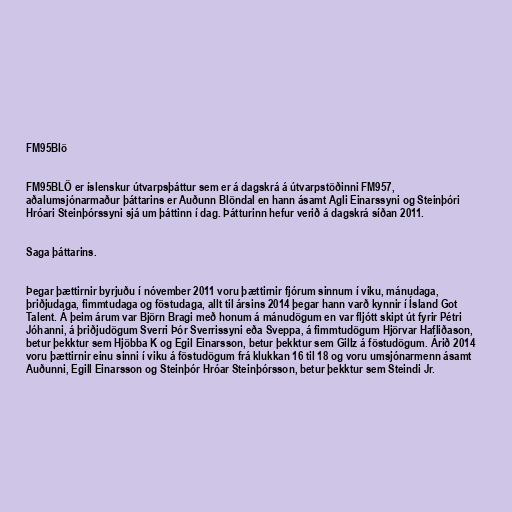
FM95Blö

FM95BLÖ er íslenskur útvarpsþáttur sem er á dagskrá á útvarpstöðinni FM957,
aðalumsjónarmaður þáttarins er Auðunn Blöndal en hann ásamt Agli Einarssyni og Steinþóri
Hróari Steinþórssyni sjá um þáttinn í dag. Þátturinn hefur verið á dagskrá síðan 2011.

Saga þáttarins.

Þegar þættirnir byrjuðu í nóvember 2011 voru þættirnir fjórum sinnum í viku, mánudaga,
þriðjudaga, fimmtudaga og föstudaga, allt til ársins 2014 þegar hann varð kynnir í Ísland Got
Talent. Á þeim árum var Björn Bragi með honum á mánudögum en var fljótt skipt út fyrir Pétri
Jóhanni, á þriðjudögum Sverri Þór Sverrissyni eða Sveppa, á fimmtudögum Hjörvar Hafliðason,
betur þekktur sem Hjöbba K og Egil Einarsson, betur þekktur sem Gillz á föstudögum. Árið 2014
voru þættirnir einu sinni í viku á föstudögum frá klukkan 16 til 18 og voru umsjónarmenn ásamt
Auðunni, Egill Einarsson og Steinþór Hróar Steinþórsson, betur þekktur sem Steindi Jr.